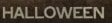
HALLOWEEN